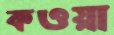
কওয়া